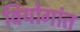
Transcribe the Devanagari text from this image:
वियोगांत